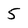
Character: 5